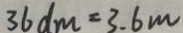
3 6 d m = 3 . 6 m